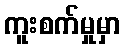
ကူးစက်မှုမှာ